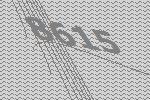
8615